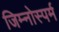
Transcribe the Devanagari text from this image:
जिम्‍नोस्‍पर्म